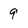
Character: 9